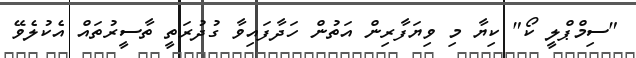
"ސިމްޕްލީ ކޯ" ކިޔާ މި ވިޔަފާރިން އަތުން ހަދާފައިވާ ގުދުރަތީ ތާސީރުތައް އެކުލެވޭ